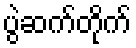
ပွဲဆက်တိုက်